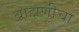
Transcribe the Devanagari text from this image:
ब्राह्मणीचा